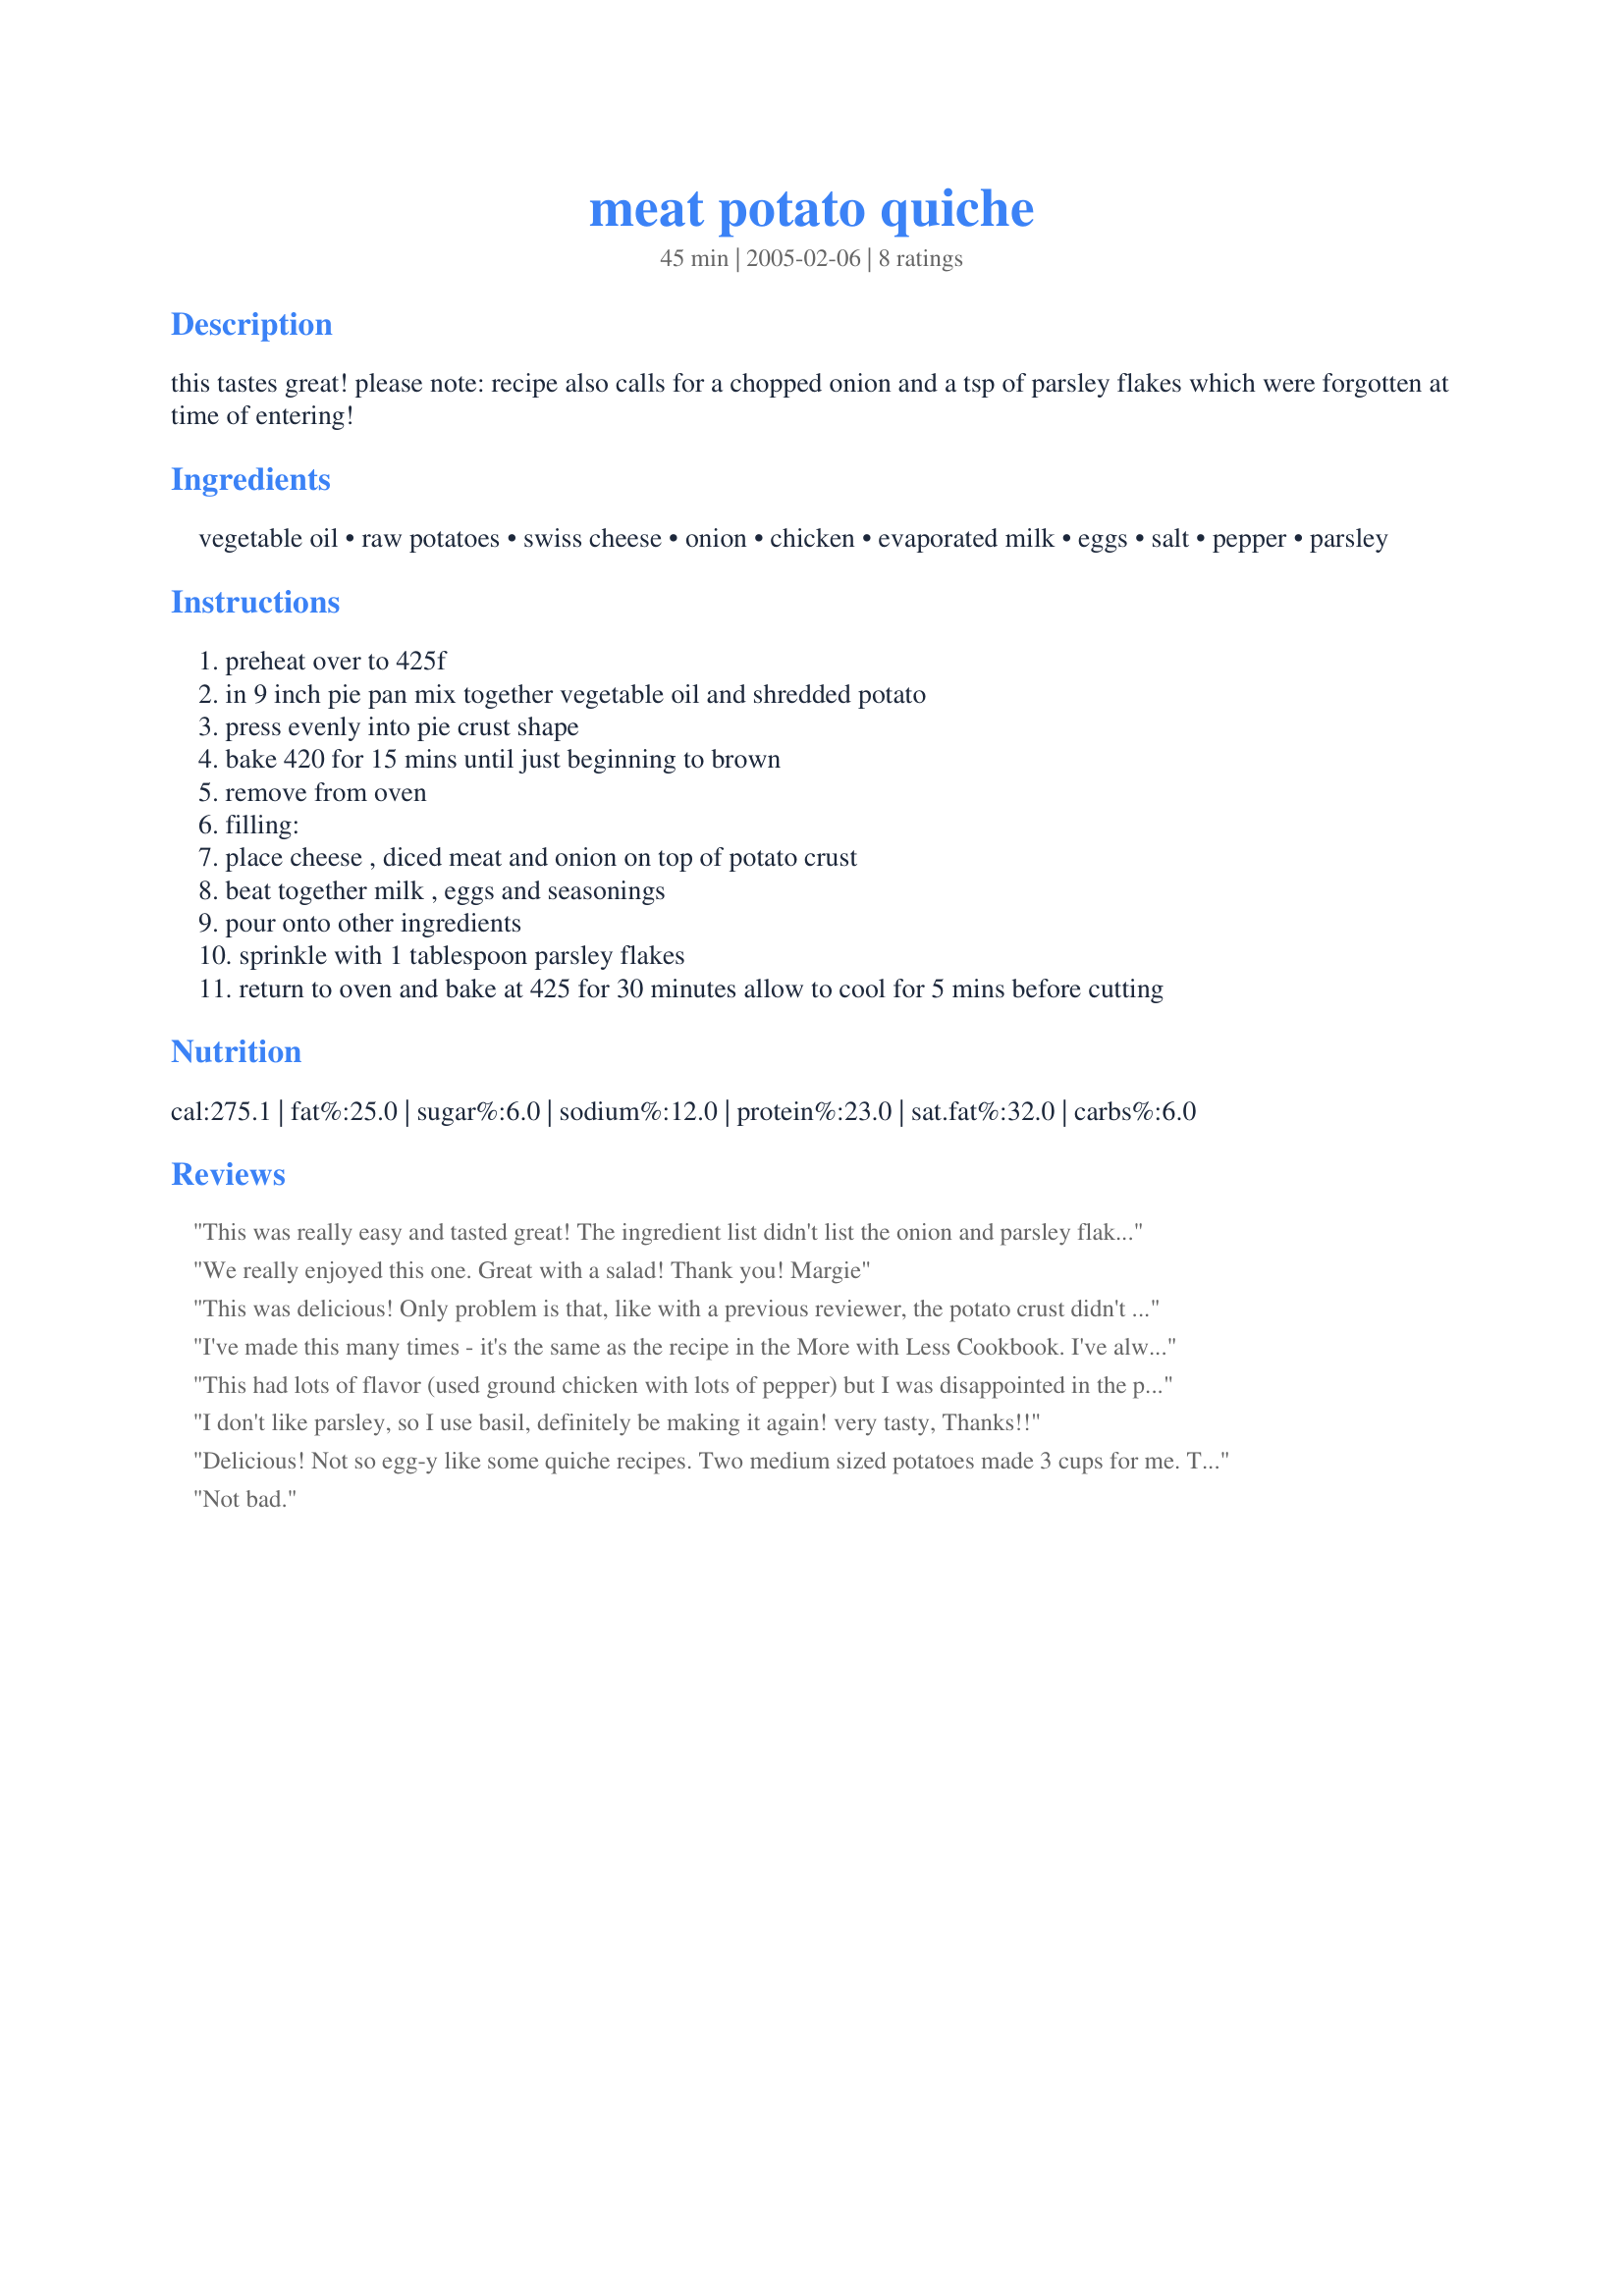
meat potato quiche
Preparation time: 45 minutes

this tastes great! please note: recipe also calls for a chopped onion and a tsp of parsley flakes which were forgotten at time of entering!

Ingredients:
vegetable oil, raw potatoes, swiss cheese, onion, chicken, evaporated milk, eggs, salt, pepper, parsley

Steps:
preheat over to 425f
in 9 inch pie pan mix together vegetable oil and shredded potato
press evenly into pie crust shape
bake 420 for 15 mins until just beginning to brown
remove from oven
filling:
place cheese , diced meat and onion on top of potato crust
beat together milk , eggs and seasonings
pour onto other ingredients
sprinkle with 1 tablespoon parsley flakes
return to oven and bake at 425 for 30 minutes allow to cool for 5 mins before cutting

Reviews:
This was really easy and tasted great! The ingredient list didn't list the onion and parsley flakes that the instructions call for, but I used dried onion flakes as that was all I had on hand, and I did have dried parsley flakes on hand. I used frozen hash browns for convenience, plus pre-packaged cooked, diced ham, and a colby-moneterray jack cheese mixture. We served with refrigerator biscuits and thoroughly enjoyed this great-tasting, easy to make meal! We will definitely be making again! Thanks for the wonderful recipe!
We really enjoyed this one. Great with a salad!
Thank you!
Margie
This was delicious! Only problem is that, like with a previous reviewer, the potato crust didn't brown evenly. Next time we'll probably use a little less for the crust or cook a little more or somehow drain the water. Also the crust stuck to the glass dish.
I've made this many times - it's the same as the recipe in the More with Less Cookbook. I've always made it with hamburger and cheddar cheese. It's also kind of fun to mix in a sweet potato with the white potatoes for the crust.
This had lots of flavor (used ground chicken with lots of pepper) but I was disappointed in the potato crust. Mine looked watery from the beginning (I blotted with paper towel first) and I cooked it extra long and broiled it for a few minutes because it looked mushy. I noticed that I made a cauliflower pie in the past and it had a potato crust, too, but you drained the potatoes first and added an egg. Next time I will try that with this pie as it was very tasty. Thanks Northern Reflectionz, for posting.

Roxygirl
I don't like parsley, so I use basil, definitely be making it again!
very tasty, Thanks!!
Delicious! Not so egg-y like some quiche recipes. Two medium sized potatoes made 3 cups for me. The only meat I had available was ground turkey, so I cooked some up with black pepper and it worked well.
Not bad.
